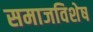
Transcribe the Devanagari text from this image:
समाजविशेष